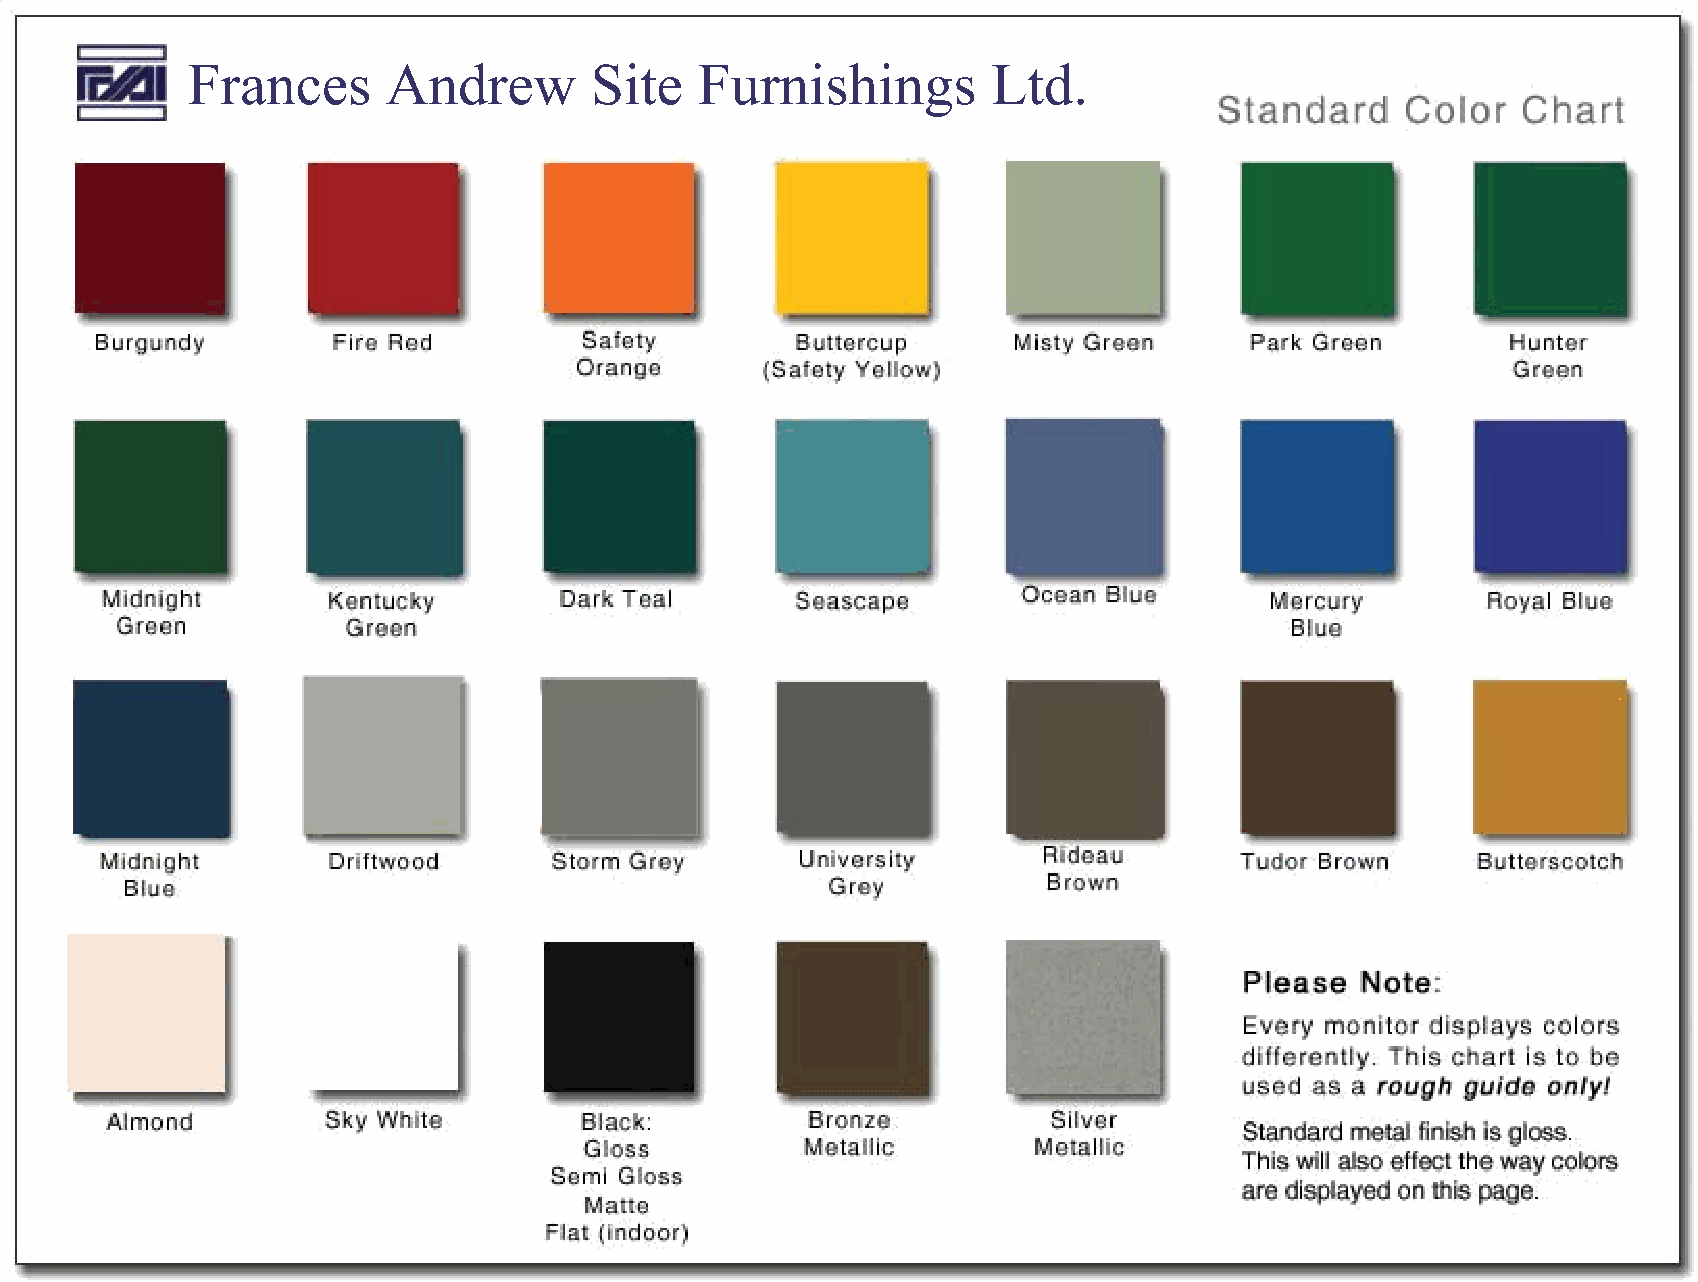
Frances       Andrew       Site   Furnishings         Ltd.